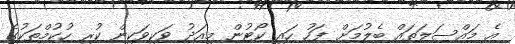
އެ މައްސަލަތައް ބެލުމަށް ފަހު ހައި ކޯޓުން މިއަދު ވަކިވަކިން ކުރި ހުކުމްތަކުގެ